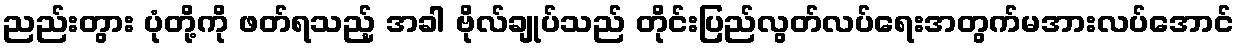
ညည်းတွား ပုံတို့ကို ဖတ်ရသည့် အခါ ဗိုလ်ချုပ်သည် တိုင်းပြည်လွတ်လပ်ရေးအတွက်မအားလပ်အောင်